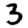
Digit: 3